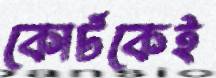
কোর্টকেই